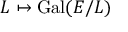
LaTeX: L \mapsto { \mathrm { G a l } } ( E / L )